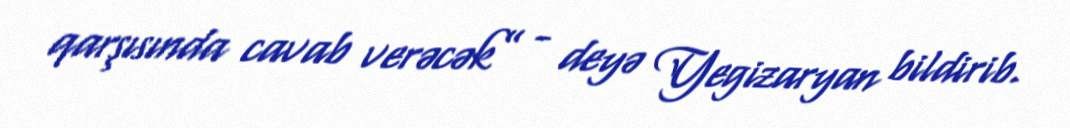
qarşısında cavab verəcək” - deyə Yegizaryan bildirib.